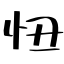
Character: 扭